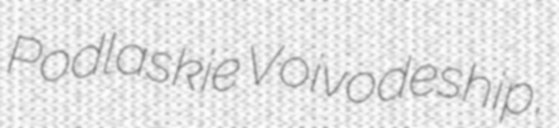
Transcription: Podlaskie Voivodeship,